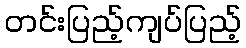
တင်းပြည့်ကျပ်ပြည့်